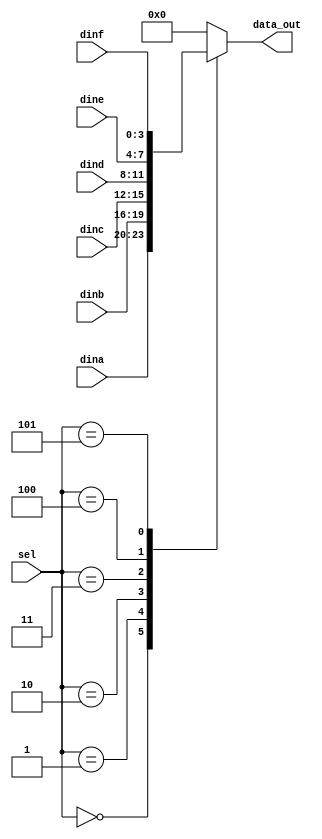
module Mux(
    input        [2:0]  sel,
    input        [3:0]  dina,
    input        [3:0]  dinb,
    input        [3:0]  dinc,
    input        [3:0]  dind,
    input        [3:0]  dine,
    input        [3:0]  dinf,  
    output  reg  [3:0]  data_out
);

always@(*)begin
    case (sel)
        3'b000 : data_out = dina;
        3'b001 : data_out = dinb;
        3'b010 : data_out = dinc;
        3'b011 : data_out = dind;
        3'b100 : data_out = dine;
        3'b101 : data_out = dinf;
        default: data_out = 0;
    endcase   
end

endmodule